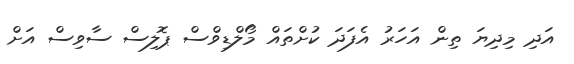
އަދި މިދިޔަ ތިން އަހަރު އެފަދަ ކުށްތައް މޯލްޑިވްސް ޕޮލިސް ސާވިސް އަށް